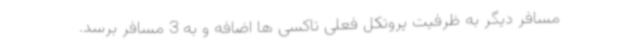
مسافر دیگر به ظرفیت پروتکل فعلی تاکسی ها اضافه و به 3 مسافر برسد.